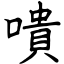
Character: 嘳